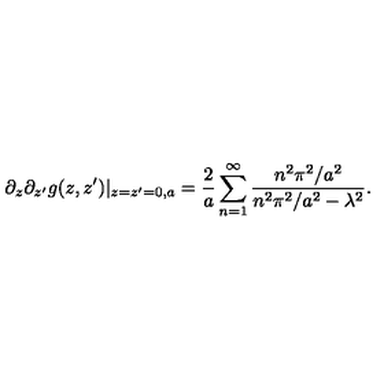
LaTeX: \partial _ { z } \partial _ { z ^ { \prime } } g ( z , z ^ { \prime } ) | _ { z = z ^ { \prime } = 0 , a } = { \frac { 2 } { a } } \sum _ { n = 1 } ^ { \infty } { \frac { n ^ { 2 } \pi ^ { 2 } / a ^ { 2 } } { n ^ { 2 } \pi ^ { 2 } / a ^ { 2 } - \lambda ^ { 2 } } } .